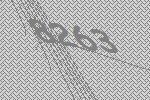
8263